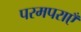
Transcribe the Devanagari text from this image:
परमपराएँ